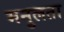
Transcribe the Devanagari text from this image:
मनुलता